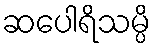
ဆပေါရိသမ္ပိ